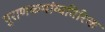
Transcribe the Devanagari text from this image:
पुराणकथांव्यतिरिक्त